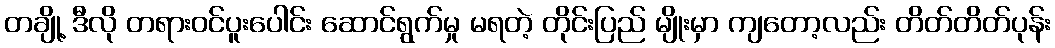
တချို့ ဒီလို တရားဝင်ပူးပေါင်း ဆောင်ရွက်မှု မရတဲ့ တိုင်းပြည် မျိုးမှာ ကျတော့လည်း တိတ်တိတ်ပုန်း